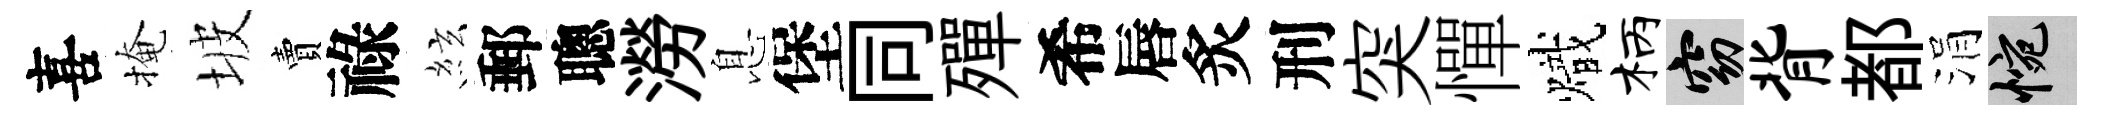
喜掩坡賣祿絃郵聰澇息堡同殫希唇炙刑突憚熾柄窈背都涓惋